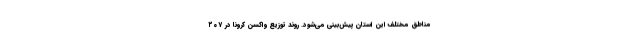
مناطق مختلف این استان پیش‌بینی می‌شود. روند توزیع واکسن کرونا در ۲۰۷